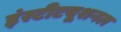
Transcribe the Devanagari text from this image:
इंस्‍टीटयूशनल